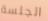
الجلسة